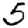
Digit: 5